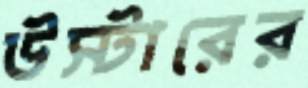
উস্টারের